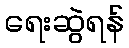
ရေးဆွဲရန်